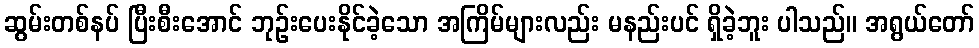
ဆွမ်းတစ်နပ် ပြီးစီးအောင် ဘုဉ်းပေးနိုင်ခဲ့သော အကြိမ်များလည်း မနည်းပင် ရှိခဲ့ဘူး ပါသည်။ အရွယ်တော်